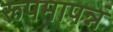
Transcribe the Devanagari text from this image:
रूपमापन्नं